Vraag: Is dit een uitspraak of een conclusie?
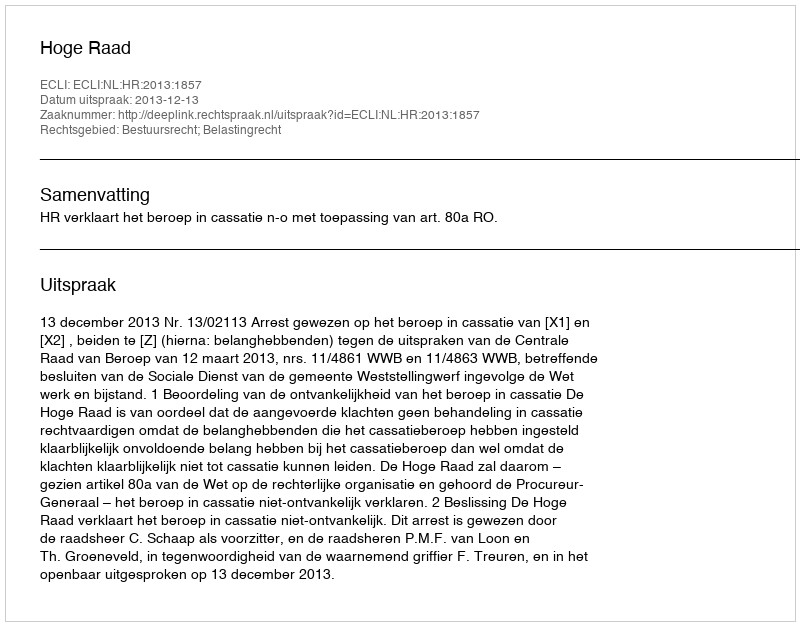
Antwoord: Uitspraak